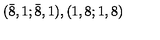
( { \bar { 8 } } , 1 ; { \bar { 8 } } , 1 ) , ( 1 , 8 ; 1 , 8 )